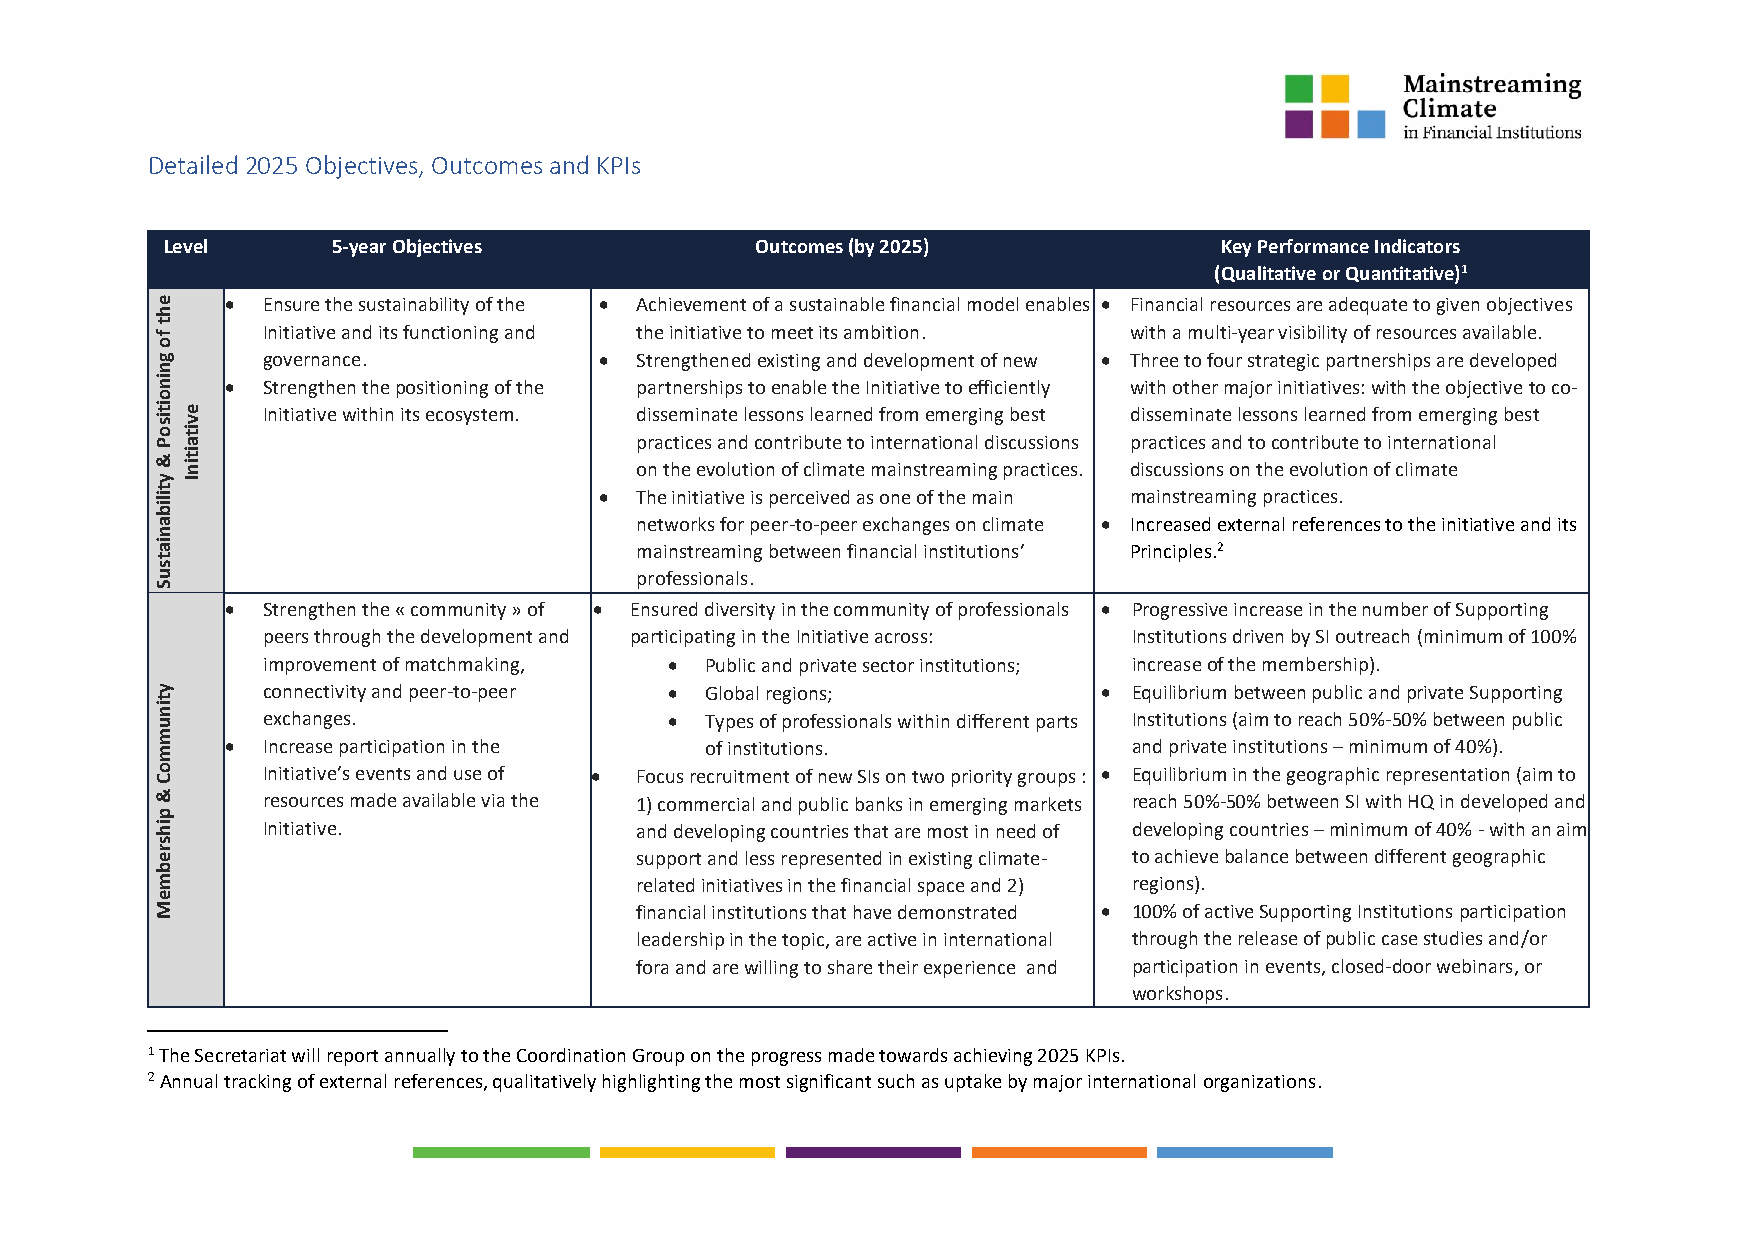
Detailed 2025 Objectives, Outcomes and KPIs
 Level      5-year Objectives           Outcomes (by 2025)             Key Performance Indicators
 (Qualitative or Quantitative)1
 e    • Ensure the sustainability of the • Achievement of a sustainable financial model enables • Financial resources are adequate to given objectives
 h
 t
 f      Initiative and its functioning and the initiative to meet its ambition. with a multi-year visibility of resources available.
 o
 g      governance.            • Strengthened existing and development of new • Three to four strategic partnerships are developed
 n
 in   • Strengthen the positioning of the partnerships to enable the Initiative to efficiently with other major initiatives: with the objective to co-
 o
 it e   Initiative within its ecosystem. disseminate lessons learned from emerging best disseminate lessons learned from emerging best
 is v
 o
 P
 it
 a                             practices and contribute to international discussions practices and to contribute to international
 &
 y
 it
 in
 I
 on the evolution of climate mainstreaming practices. discussions on the evolution of climate
 t ilib                        • The initiative is perceived as one of the main mainstreaming practices.
 a                               networks for peer-to-peer exchanges on climate • Increased external references to the initiative and its
 n
 ia                              mainstreaming between financial institutions’ Principles.2
 t
 s
 u                               professionals.
 S
 • Strengthen the « community » of • Ensured diversity in the community of professionals • Progressive increase in the number of Supporting
 peers through the development and participating in the Initiative across: Institutions driven by SI outreach (minimum of 100%
 improvement of matchmaking, • Public and private sector institutions; increase of the membership).
 y      connectivity and peer-to-peer • Global regions;         • Equilibrium between public and private Supporting
 t
 in
 u      exchanges.                 •  Types of professionals within different parts Institutions (aim to reach 50%-50% between public
 m
 m    • Increase participation in the of institutions.            and private institutions – minimum of 40%).
 o C    Initiative’s events and use of • Focus recruitment of new SIs on two priority groups : • Equilibrium in the geographic representation (aim to
 &      resources made available via the 1) commercial and public banks in emerging markets reach 50%-50% between SI with HQ in developed and
 p
 ih     Initiative.              and developing countries that are most in need of developing countries – minimum of 40% - with an aim
 s
 r e                             support and less represented in existing climate- to achieve balance between different geographic
 b
 m                               related initiatives in the financial space and 2) regions).
 e
 M                               financial institutions that have demonstrated • 100% of active Supporting Institutions participation
 leadership in the topic, are active in international through the release of public case studies and/or
 fora and are willing to share their experience and participation in events, closed-door webinars, or
 workshops.
 1 The Secretariat will report annually to the Coordination Group on the progress made towards achieving 2025 KPIs.
 2 Annual tracking of external references, qualitatively highlighting the most significant such as uptake by major international organizations.